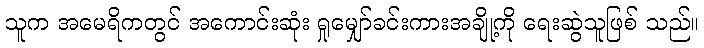
သူက အမေရိကတွင် အကောင်းဆုံး ရှုမျှော်ခင်းကားအချို့ကို ရေးဆွဲသူဖြစ် သည်။